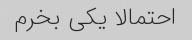
احتمالا یکی بخرم